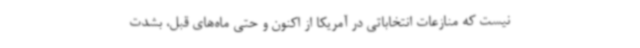
نیست که منازعات انتخاباتی در آمریکا از اکنون و حتی ماه‌های قبل، بشدت